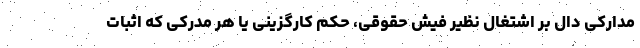
مدارکی دال بر اشتغال نظیر فیش حقوقی، حکم کارگزینی یا هر مدرکی که اثبات